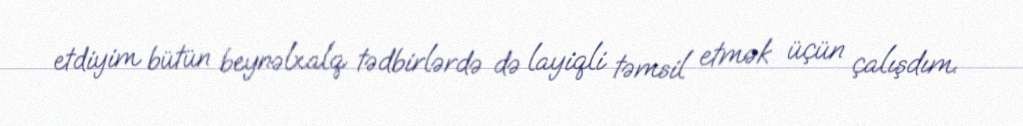
etdiyim bütün beynəlxalq tədbirlərdə də layiqli təmsil etmək üçün çalışdım.